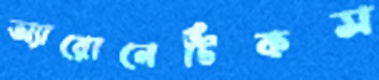
অ্যারোনেটিকস